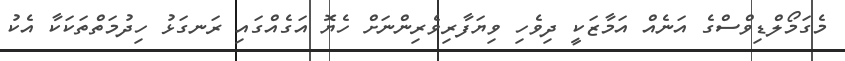
މެގަމޯލްޑިވްސްގެ އަނެއް އަމާޒަކީ ދިވެހި ވިޔަފާރިވެރިންނަށް ހެޔޮ އަގެއްގައި ރަނގަޅު ހިދުމަތްތަކަކާ އެކު